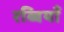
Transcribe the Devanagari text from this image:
रब्बियाँ